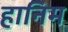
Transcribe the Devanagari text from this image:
हानिम